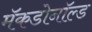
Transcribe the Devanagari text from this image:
मॅकडोनॉल्ड